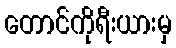
တောင်ကိုရီးယားမှ